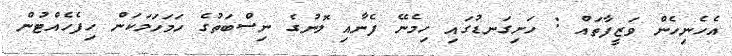
އެހެނިހެން ވަޒީފާތައް : ހަށިގަނޑުގައި ހިމެނޭ ފެނާއި ލޮނުގެ ނިސްބަތުގެ ހަމަހަމަކަން ހިފެހެއްޓުން